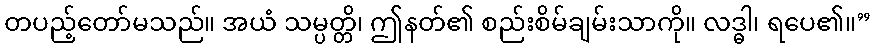
တပည့်တော်မသည်။ အယံ သမ္ပတ္တိ၊ ဤနတ်၏ စည်းစိမ်ချမ်းသာကို။ လဒ္ဓါ၊ ရပေ၏။”